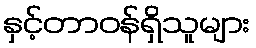
နှင့်တာဝန်ရှိသူများ